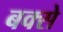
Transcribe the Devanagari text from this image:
बक्‍से